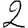
Digit: 2